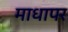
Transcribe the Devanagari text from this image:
माधापर